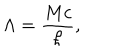
\Lambda = \frac { M c } { \hbar } ,